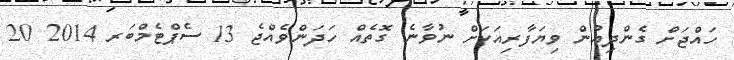
ހައްޖަށް ގެންދިއުން ވިޔަފާރިއަކަށް ނުވާނެ ގޮތެއް ހަދަންވެއްޖެ 13 ސެޕްޓެމްބަރ 2014 20